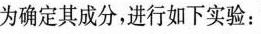
为确定其成分，进行如下实验：